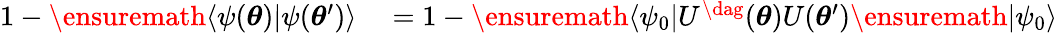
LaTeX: \begin{array}{rl}{1-\ensuremath{\langle{\psi({\boldsymbol{\theta}})}\rvert{\psi({\boldsymbol{\theta}}^{\prime})}\rangle}}&{{}=1-\ensuremath{\langle{\psi_{0}}\rvert}U^{\dag}({\boldsymbol{\theta}})U({\boldsymbol{\theta}}^{\prime})\ensuremath{\lvert{\psi_{0}}\rangle}}\end{array}